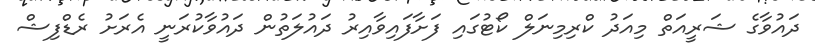
ދައުވާގެ ޝަރީއަތް މިއަދު ކްރިމިނަލް ކޯޓުގައި ފަށާފައިވާއިރު ދައުލަތުން ދައުވާކުރަނީ އެރަށު ރެޑްފިޝް